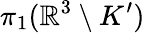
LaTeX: \pi_{1}(\mathbb{R}^{3}\setminus K^{\prime})